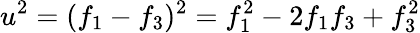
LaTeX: u^{2}=(f_{1}-f_{3})^{2}=f_{1}^{2}-2f_{1}f_{3}+f_{3}^{2}